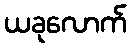
ယခုလောက်